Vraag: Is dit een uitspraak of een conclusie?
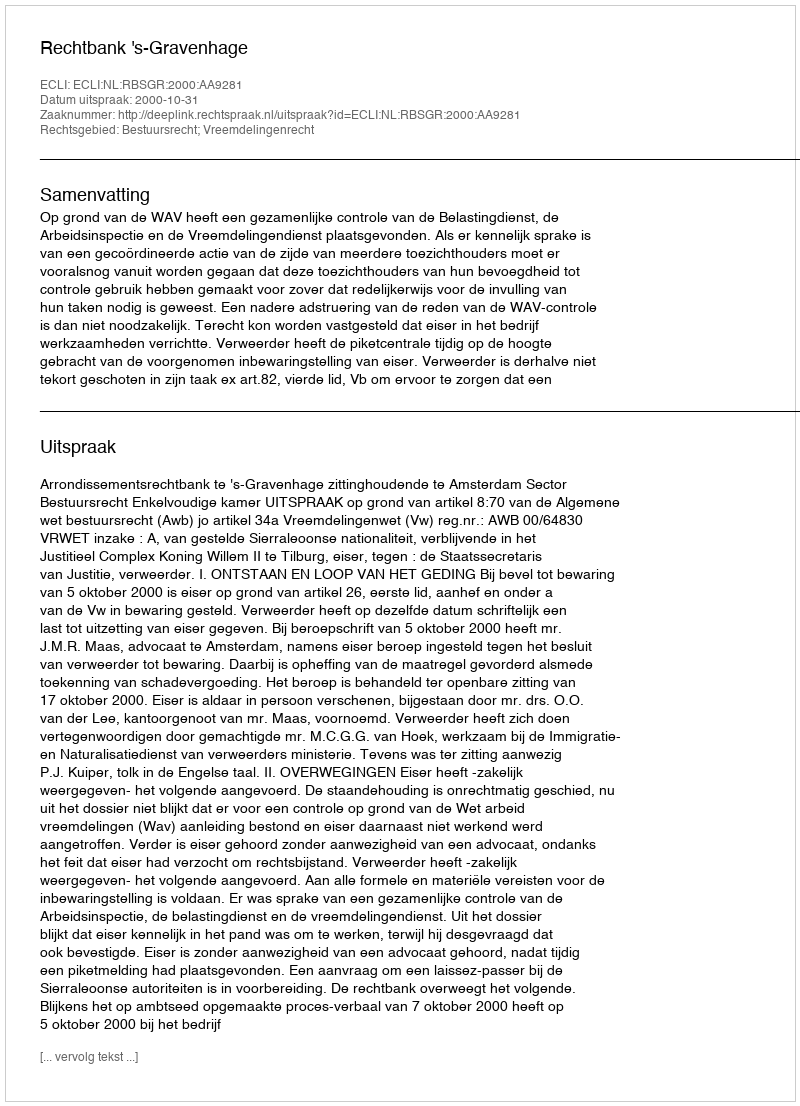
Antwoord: Uitspraak